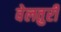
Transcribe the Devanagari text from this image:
वेलतुरी